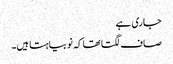
جاری ہے
صاف لگتا تھا کہ نوبیاہتا ہیں۔